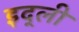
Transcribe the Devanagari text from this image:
इद्ली